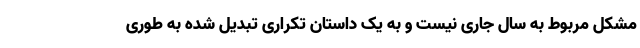
مشکل مربوط به سال جاری نیست و به یک داستان تکراری تبدیل شده به طوری